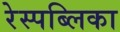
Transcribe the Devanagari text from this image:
रेस्पब्लिका